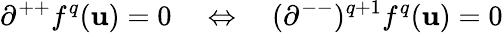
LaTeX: \partial^{++}f^{q}(\mathbf{u})=0\quad\Leftrightarrow\quad(\partial^{--})^{q+1}f^{q}(\mathbf{u})=0